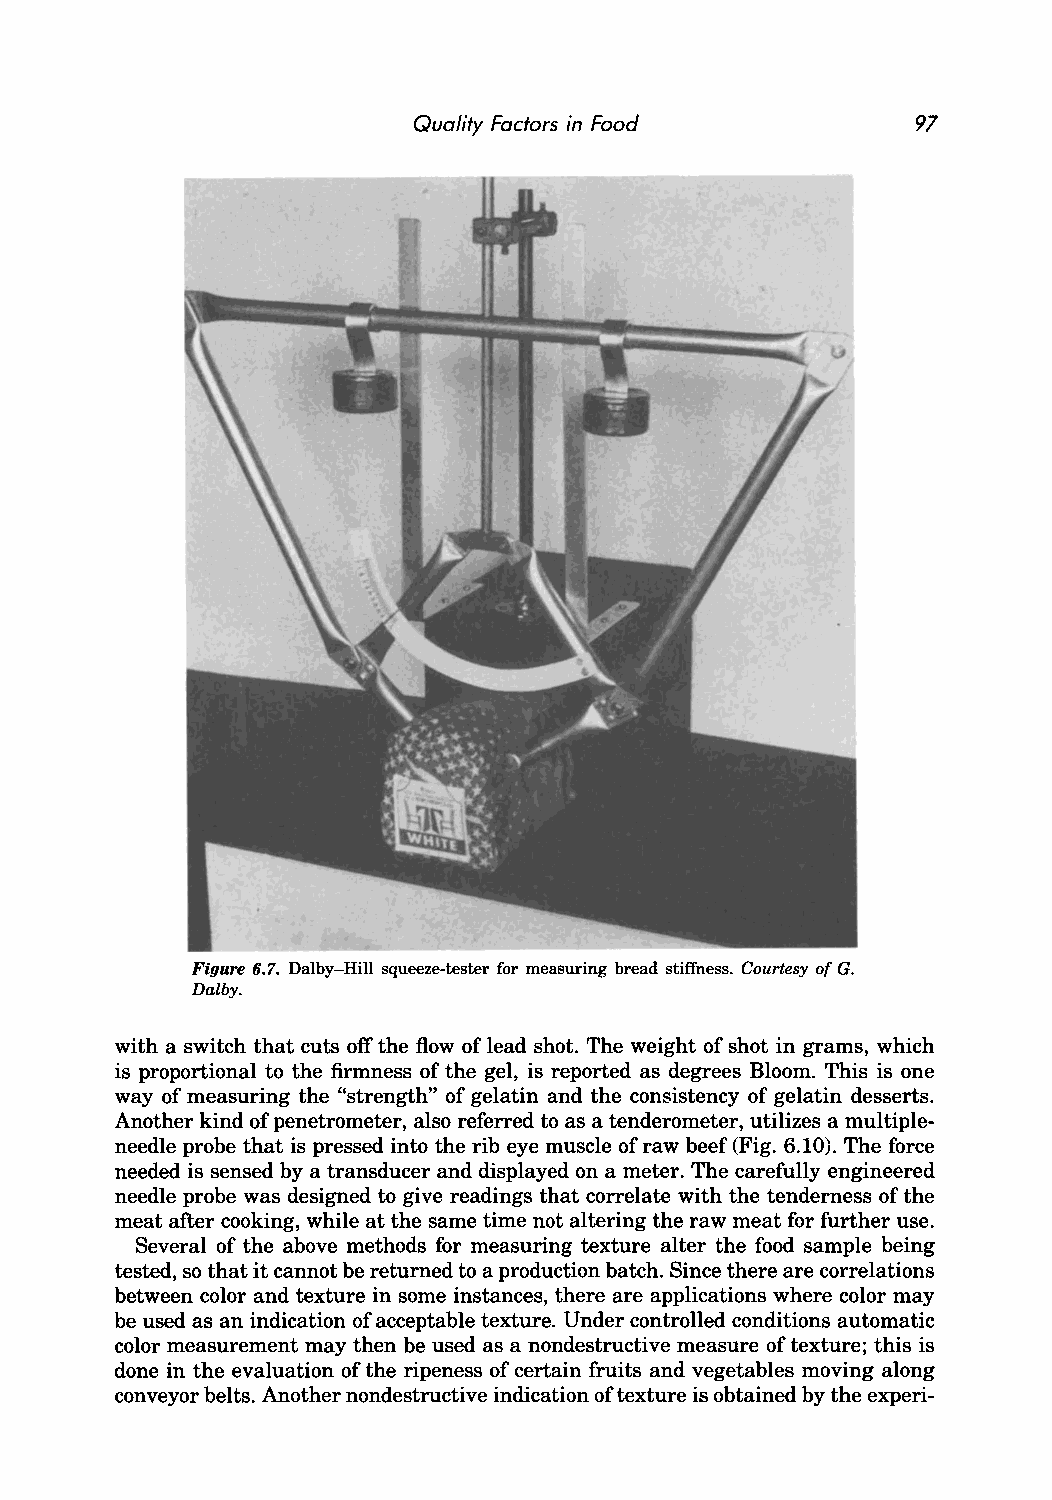
Quality Factors in Food           97
 Figure 6.7. Dalby-Hill squeeze-tester for measuring bread stiffness. Courtesy of G.
 Dalby.
 with a switch that cuts off the flow of lead shot. The weight of shot in grams, which
 is proportional to the firmness of the gel, is reported as degrees Bloom. This is one
 way of measuring the "strength" of gelatin and the consistency of gelatin desserts.
 Another kind of penetrometer, also referred to as a tenderometer, utilizes a multiple
 needle probe that is pressed into the rib eye muscle of raw beef (Fig. 6.10). The force
 needed is sensed by a transducer and displayed on a meter. The carefully engineered
 needle probe was designed to give readings that correlate with the tenderness of the
 meat after cooking, while at the same time not altering the raw meat for further use.
 Several of the above methods for measuring texture alter the food sample being
 tested, so that it cannot be returned to a production batch. Since there are correlations
 between color and texture in some instances, there are applications where color may
 be used as an indication of acceptable texture. Under controlled conditions automatic
 color measurement may then be used as a nondestructive measure of texture; this is
 done in the evaluation of the ripeness of certain fruits and vegetables moving along
 conveyor belts. Another nondestructive indication of texture is obtained by the experi-